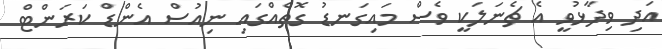
އަދި ވިދާޅުވީ އެ ޗެނަލަކީ ވެސް މައިގަނޑު ގޮތެއްގައި ނިއުސް އެންޑް ކަރަންޓް